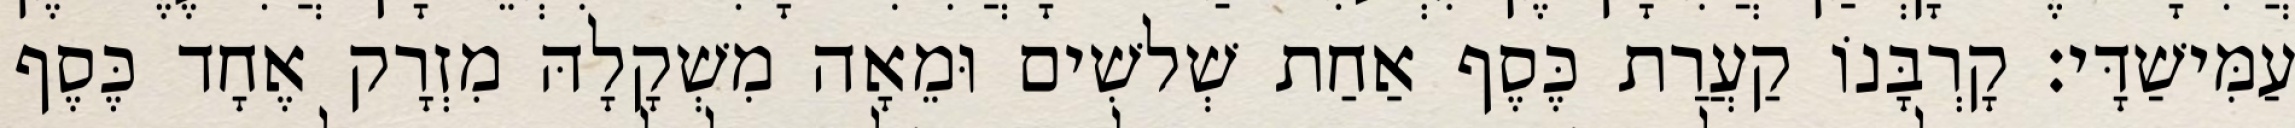
עַמִּישַׁדָּי׃ קָרְבָּנוֹ קַעֲרַת כֶּסֶף אַחַת שְׁלשִׁים וּמֵאָה מִשְׁקָלָהּ מִזְרָק אֶחָד כֶּסֶף